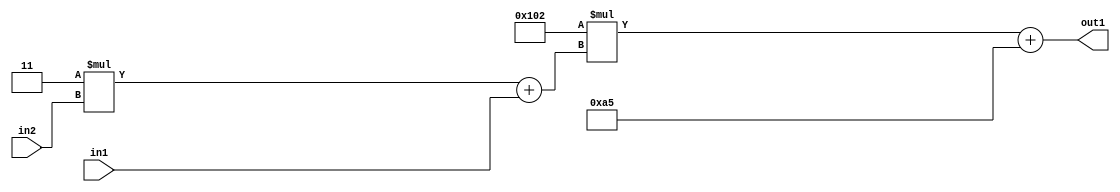
`timescale 1ps / 1ps
/*****************************************************************************
    Verilog RTL Description
    
    
    Created by: Stratus DpOpt 2019.1.01 
*******************************************************************************/

module DC_Filter_Add2i165Mul2i258Add2u1Mul2i3u2_1 (
	in2,
	in1,
	out1
	); /* architecture "behavioural" */ 
input [1:0] in2;
input  in1;
output [11:0] out1;
wire [11:0] asc001;
wire [3:0] asc002;

wire [3:0] asc002_tmp_0;
assign asc002_tmp_0 = 
	+(4'B0011 * in2);
assign asc002 = asc002_tmp_0
	+(in1);

wire [11:0] asc001_tmp_1;
assign asc001_tmp_1 = 
	+(12'B000100000010 * asc002);
assign asc001 = asc001_tmp_1
	+(12'B000010100101);

assign out1 = asc001;
endmodule

/* CADENCE  v7X4QwA= : u9/ySgnWtBlWxVPRXgAZ4Og= ** DO NOT EDIT THIS LINE ******/